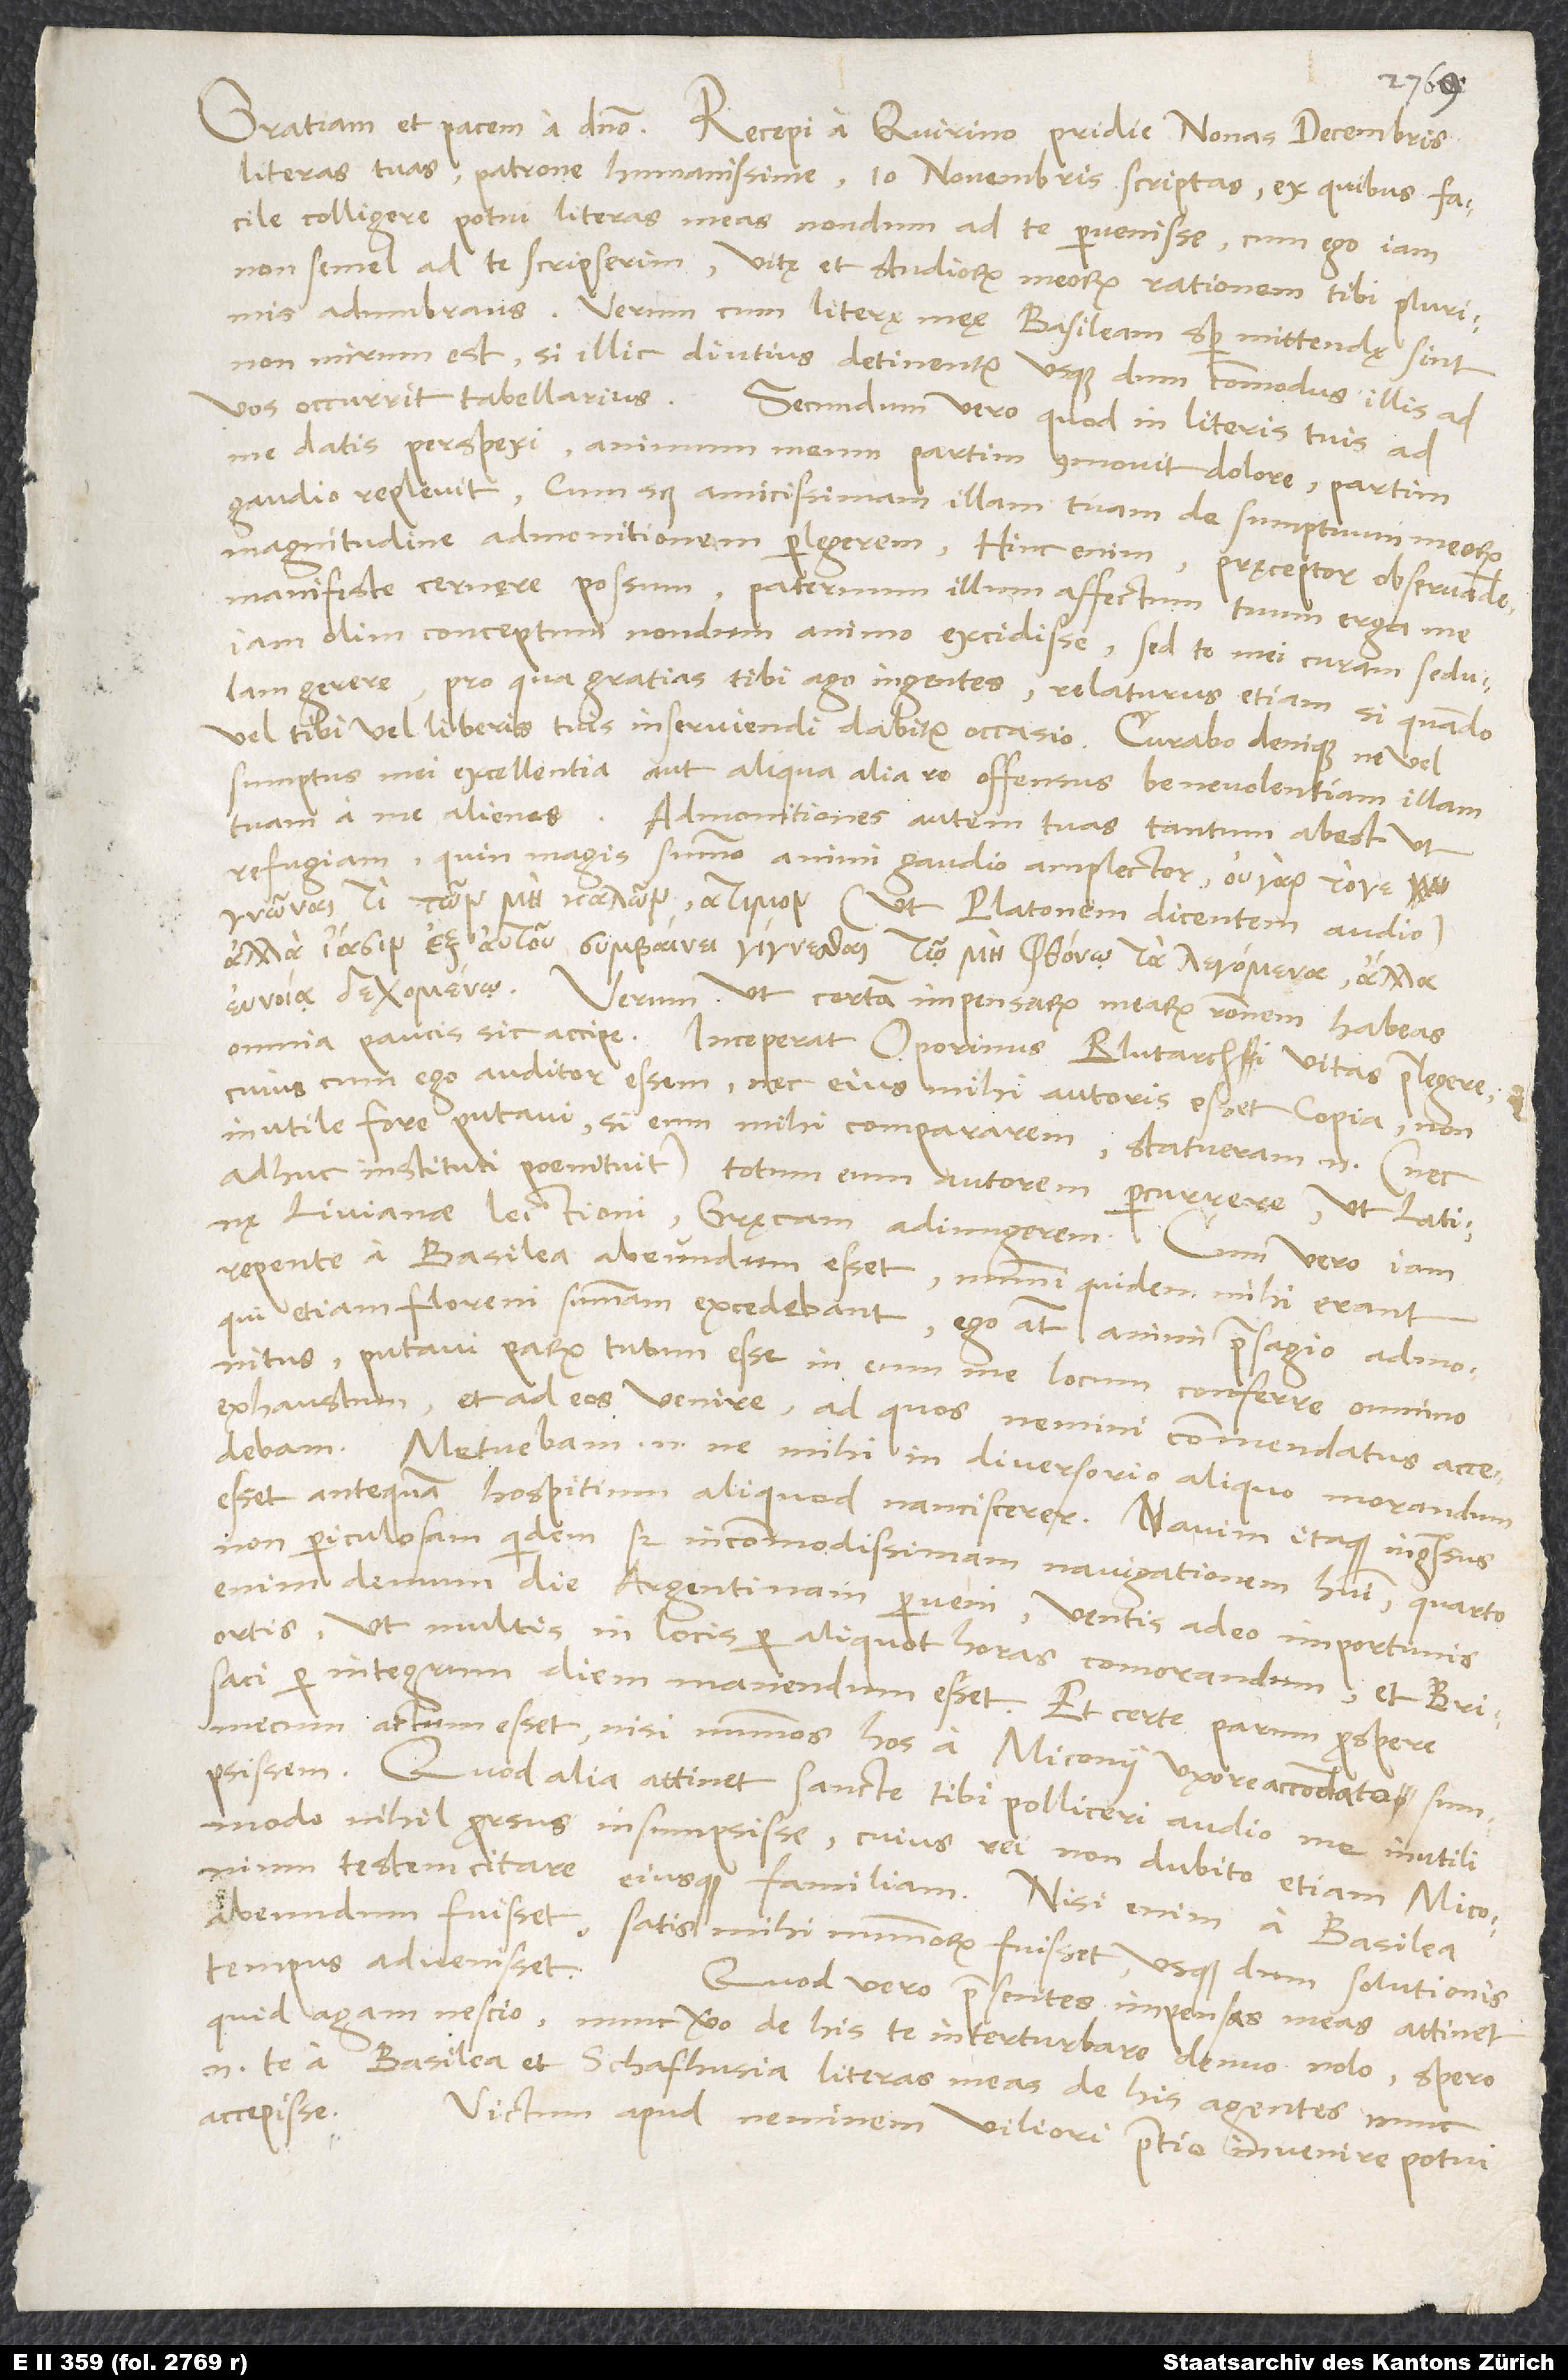
literas tuas, patrone humanissime, 10. novembris scriptas, ex quibus facile
colligere potui literas meas nondum ad te pervenisse, cum ego iam
non semel ad te scripserim, vitę et studiorum meorum rationem tibi plurimis
adumbrans. Verum cum literę meę Basileam semper mittendę sint,
non mirum est, si illic diutius detinentur, usque dum commodus illis ad
vos occurrit tabellarius.
Secundum vero, quod in literis tuis ad
me datis perspexi, animum meum partim commovit dolore, partim
gaudio replevit, cum scilicet amicissimam illam tuam de sumptuum meorum
manifeste cernere possum paternum illum affectum tuum erga me
iam olim conceptum nondum animo excidisse, sed te mei curam sedulam
gerere, pro qua gratias tibi ago ingentes relaturus etiam, si quando
vel tibi vel liberis tuis inserviendi dabitur occasio. Curabo denique, ne vel
sumptus mei excellentia aut aliqua alia re offensus benevolentiam illam
tuam a me alienas. Admonitiones autem tuas tantum abest ut
refugiam, quin magis summo animi gaudio amplector,
(ut Platonem dicentem audio),
.
Verum ut certam impensarum mearum rationem habeas,
omnia paucis sic accipe: Inceperat Oporinus Blutarchi Vitas praelegere;
cuius cum ego auditor essem nec eius mihi autoris esset copia, non
inutile fore putavi, si eum mihi compararem. Statueram enim (nec
adhuc instituti poenituit) totum eum autorem percurrere, ut Latinę
Livianae lectioni Gręcam adiungerem. Cum vero iam
repente a Basilea abeundum esset, nummi quidem mihi erant,
qui etiam floreni summam excedebant; ego autem animi praesagio admonitus
putavi parum tutum esse in eum me locum conferre omnino
exhaustum et ad eos venire, ad quos nemini commendatus accedebam.
Metuebam enim, ne mihi in diversorio aliquo morandum
esset, antequam hospitium aliquod nanciscerer. Navim itaque ingressus
non periculosam quidem, sed incommodissimam navigationem habui; quarto
enim demum die Argentinam perveni ventis adeo importunis
ortis, ut multis in locis per aliquot horas comorandum et Brisaci
per integrum diem manendum esset. Et certe parum prospere
mecum actum esset, nisi nummos hos a Miconii uxore accomodato sumpsissem.
Quod alia attinet, sancte tibi polliceri audeo me inutili
modo nihil prorsus insumpsisse, cuius rei non dubito etiam Miconium
testem citare eiusque familiam. Nisi enim a Basilea
abeundum fuisset, satis mihi nummorum fuisset, usque dum solutionis
tempus advenisset.
Quod vero praesentes impensas meas attinet,
quid agam, nescio; nunc vero de his te interturbare denuo nolo. Spero
enim te a Basilea et Schafhusia literas meas de his agentes nunc
accepisse.
Victum apud neminem viliori pretio invenire potui